Papaver somniferum - Opium : an extract from the sixth volume of the Dictionary of Economic Products of India
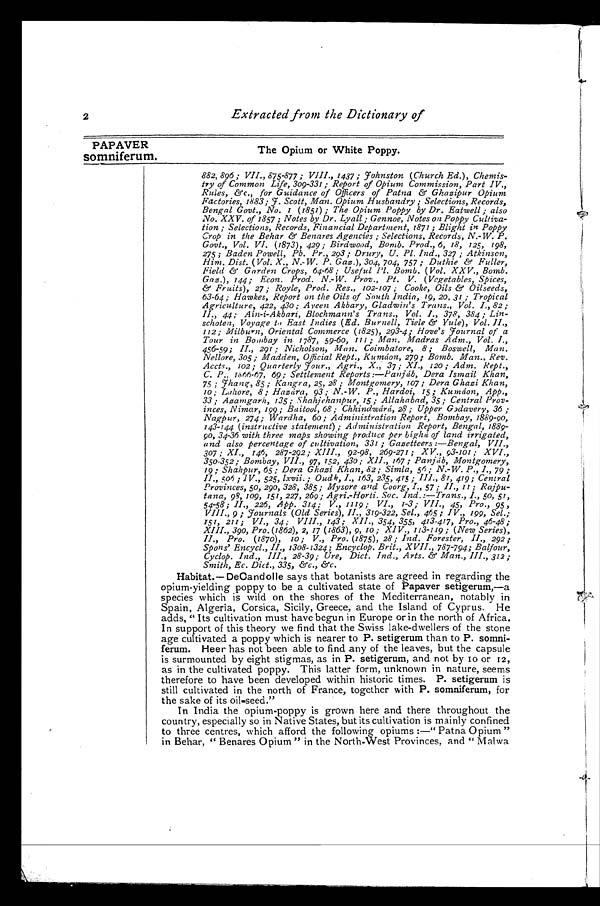
PAPAVER
somniferum.
The Opium or White Poppy.
2
Extracted from the Dictionary of
882, 896; VII., 875-877; VIII., 1437; Johnston (Church Ed.), Chemis-
t r y of Common Li f e, 309- 331 ; Repor t of Opi um Commi ssi on, Par t I V. ,
R u l e s , & a m p ; c . , f o r G u i d a n c e o f O f f i c e r s o f P a t n a & a m p ; G h a z i p u r O p i u m
Factories, 1883; J. Scott, Man. Opium Husbandry ; Selections, Records,
Bengal Govt., No. 1 (1851) ; The Opium Poppy by Dr. Eatwell ; also
No. XXV. of 1857 ; Notes by Dr. Lyall ; Gennoe, Notes on Poppy Cultiva-
tion ; Selections, Records, Financial Department, 1871 ; Blight in Poppy
Cr o p i n t h e Be h a r &a mp ; Be n a r e s Ag e n c i e s ; Se l e c t i o n s , Re c o r d s , N. - W. P.
Govt., Vol. VI. (1873), 429; Birdwood, Bomb. Prod., 6, 18, 125, 198,
275 ;Baden Powell, Pb. Pr., 293; Drury, U. Pl. Ind., 327 ; Atkinson,
Him. Dist. (Vol. X. , N. -W. P. Gaz. ), 304, 704, 757; Duthie &amp; Fuller,
F i e l d & a m p ; G a r d e n C r o p s , 6 4 – 6 8 ; U s e f u l P l . B o m b . ( V o l . X X V . , B o m b .
Gaz.), 144; Econ. Prod. N.-W. Prov., Pt. V. (Vegetables, Spices,
& a m p ; F r u i t s ) , 2 7 ; R o y l e , P r o d . R e s . , 1 0 2 - 1 0 7 ; C o o k e , O i l s & a m p ; O i l s e e d s ,
63-64; Hawkes, Report on the Oils of South India, 19, 20, 31 ; Tropical
Agriculture, 422, 430; Ayeen Akbary, Gladwin's Trans., Vol. 82;
II., 44; Ain-i-Akbari, Blochmann's Trans., Vol. I., 378, 384; Lin-
schoten, Voyage to East Indies (Ed. Burnell, Tiele &amp; Yule), Vol. II.,
112; Milburn, Oriental Commerce (1825), 293-4; Hove's journal of a
Tour in Bombay in 1787, 59-60, III Man. Madras Adm. Vol. I.,
456-59; II., 291; Nicholson, Man. Coimbatore, 8; Boswell, Man.
N e l l o r e , 3 0 5 ; M a d d e n , O f f i c i a l R e p t . , K u m á o n , 2 7 9 ; B o m b . M a n . , R e v .
Accts., 102; Quarterly Jour., Agri., X., 37; XI., 120; Adm. Rept.,
C. P., 1666-67, 69; Settlement Reports:—Panjáb, Dera Ismail Khan,
7 5 ; J h a n g
. , 8 5 ; K a n g r a , 2 5 , 2 8 ; M o n t g o m e r y , 1 0 7 ; D e r a G h a z i K h a n ,
1 0 ; L a h o r e , 8 ; H a z
ύ r a , 9 3 ; N . - W . P . , H a r d o i , 1 5 ; K u m á o n , A p p . ,
33; Azamgarh, 135; Shahjehanpur, 15 Allahabad, 35; Central Prov-
inces, Nimar, 199; Baitool, 68; Chhindwárá, 28; Upper Godavery, 36 ;
Nagpur, 274; Wardha, 60; Administration Report, Bombay, 1889-90,
143-144 (instructive statement) ; Administration Report, Bengal, 1889-
90, 34-36 with three maps showing produce per bíghá of land irrigated,
and also percentage of cultivation, 331 ; Gazetteers :-Bengal, VII.,
307 ; XI., 146, 287-292 ; 92-98, 269-271 ; XV., 93-101 ; XVI.,
350-352; Bombay, VII., 97, 152, 430; XII., 167 ; Panjáb, Montgomery,
19; Shahpur, 65; Dera Ghazi Khan, 82; Simla, 56; N.-W. P., 79 ;_
II., 506 ; IV ., 525, lxvii. ; Oudh, I., 163, 235, 415 ; III.,81, 419 ; Central
Provinces, 50, 290, 328, 385; Mysore and Coorg, I., 57; II., II ; Rajpu-
t a n a , 9 8 , 1 0 9 , 1 5 1 , 2 2 7 , 2 6 9 ; A g r i . - H o r t i . S o c . I n d . : — T r a n s . , I . , 5 0 , 5 1 ,
54–58 ; II., 226, App. 314; V., 1119 ; VI., 1-3 ; VII., 45, Pro., 95,
VIII., 9 ;journals (Old Series), II., 319-322, Sel., 465 ; IV., 199, Sel.;
151, 211; VI. , 34; VIII. , 143; XII. , 354, 355, 413-417, Pro. , 46-48;
XIII. , 390, Pro. (1862), 2, 17 (1863), 9, 10 ; XIV. , 113-119; (New Seri es),
II., Pro. (1870), 10; V., Pro. (1875), 28; Ind. Forester, II., 292;
Spons' Encycl., II., 1308-1324; Encyclop. Brit., XVII., 787-794; Balfour,
Cyclop. Ind., III., 28-39; Ure, Dict. Ind., Arts. &amp; Man.,III., 312;
Smith, Ec. Dict., 335, &amp;c., &amp;c.
Habitat.—DeCandolle says that botanists are agreed in regarding the
opium-yielding poppy to be a cultivated state of Papaver setigerum,-a
species which is wild on the shores of the Mediterranean, notably in
Spain, Algeria, Corsica, Sicily, Greece, and the Island of Cyprus. He
adds, "Its cultivation must have begun in Europe or in the north of Africa.
In support of this theory we find that the Swiss lake-dwellers of the stone
age cultivated a poppy which is nearer to P. setigerum than to P. somni-
ferum. Heer has not been able to find any of the leaves, but the capsule
is surmounted by eight stigmas, as in P. setigerum, and not by 10 or 12,
as in the cultivated poppy. This latter form, unknown in nature, seems
therefore to have been developed within historic times. P. setigerum is
still cultivated in the north of France, together with P. somniferum, for
the sake of its oil-seed."
In India the opium-poppy is grown here and there throughout the
country, especially so in Native States, but its cultivation is mainly confined
to three centres, which afford the following opiums :-"Patna Opium"
in Behar, "Benares Opium" in the North-West Provinces, and "Malwa